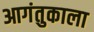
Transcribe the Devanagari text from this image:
आगंतुकाला